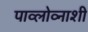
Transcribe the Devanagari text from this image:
पाव्लोव्नाशी